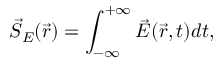
\vec { S } _ { E } ( \vec { r } ) = \int _ { - \infty } ^ { + \infty } \vec { E } ( \vec { r } , t ) d t ,